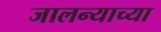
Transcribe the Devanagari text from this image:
जालन्याच्या